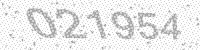
Solution: 021954